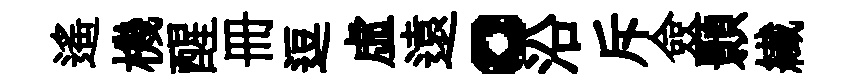
遥機醒册逗虚遠。沿斥僉顥纎